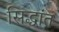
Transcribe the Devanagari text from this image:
सिद्धांत